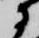
に